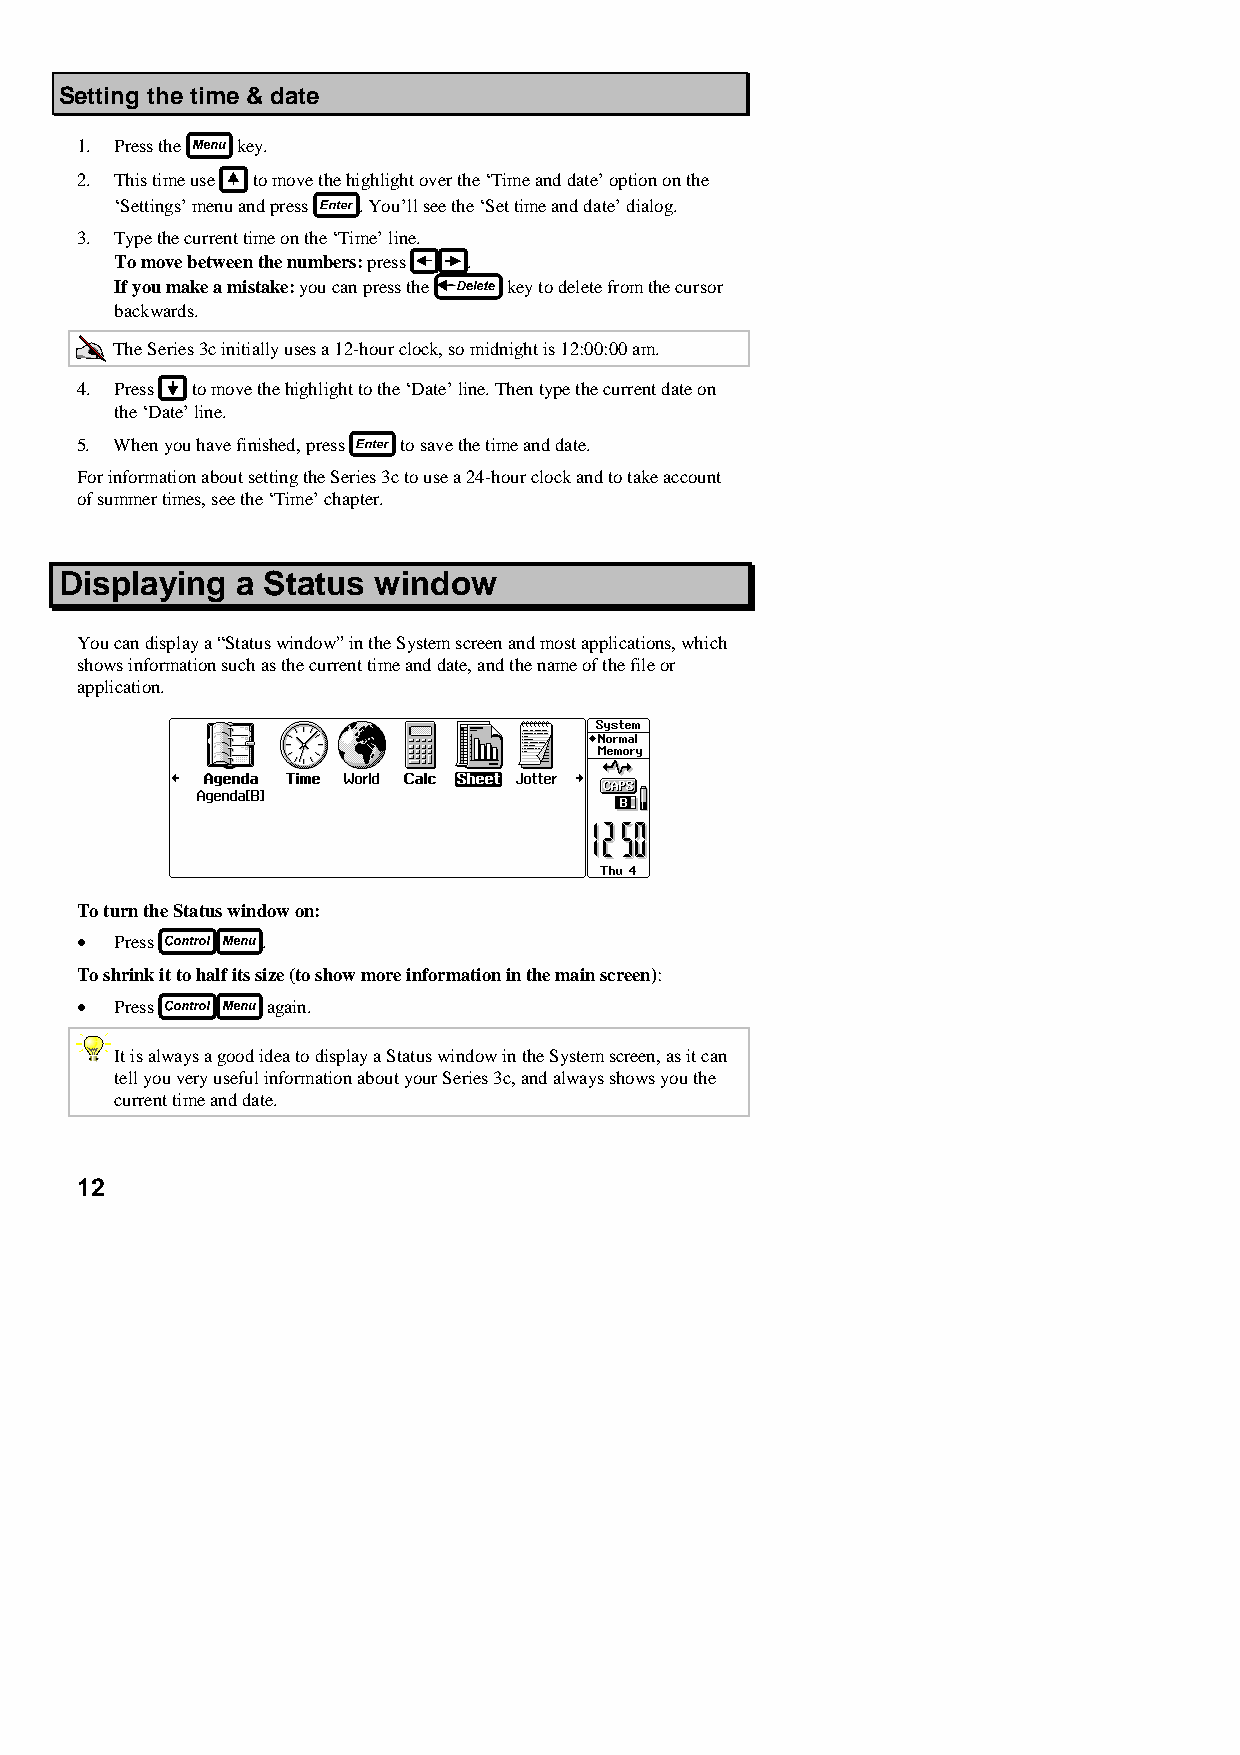
Setting the time & date
 1. Press the key.
 2. This time use to move the highlight over the ‘Time and date’ option on the
 ‘Settings’ menu and press . You’ll see the ‘Set time and date’ dialog.
 3. Type the current time on the ‘Time’ line.
 To move between the numbers: press .
 If you make a mistake: you can press the key to delete from the cursor
 backwards.
 The Series 3c initially uses a 12-hour clock, so midnight is 12:00:00 am.
 4. Press to move the highlight to the ‘Date’ line. Then type the current date on
 the ‘Date’ line.
 5. When you have finished, press to save the time and date.
 For information about setting the Series 3c to use a 24-hour clock and to take account
 of summer times, see the ‘Time’ chapter.
 Displaying  a Status window
 You can display a “Status window” in the System screen and most applications, which
 shows information such as the current time and date, and the name of the file or
 application.
 To turn the Status window on:
 •  Press    .
 To shrink it to half its size (to show more information in the main screen):
 •  Press     again.
 It is always a good idea to display a Status window in the System screen, as it can
 tell you very useful information about your Series 3c, and always shows you the
 current time and date.
 12